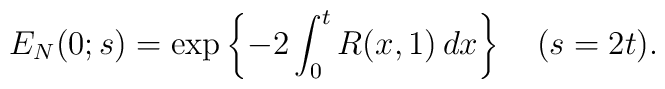
E_{N}(0;s) = \exp\left\{ -2 \int_0^t R(x,1)\, dx \right\}\ \ \ (s=2t).